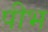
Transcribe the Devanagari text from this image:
पीभ